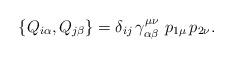
LaTeX: \begin{align*}\left\{ Q_{i\alpha },Q_{j\beta }\right\} =\delta _{ij}\,\gamma _{\alpha\beta }^{\mu \nu }\,\,p_{1\mu }\,p_{2\nu }.\end{align*}